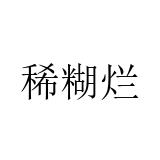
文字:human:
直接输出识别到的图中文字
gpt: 稀糊烂